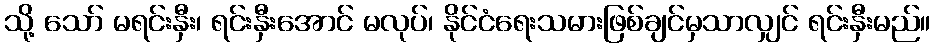
သို့ သော် မရင်းနှီး၊ ရင်းနှီးအောင် မလုပ်၊ နိုင်ငံရေးသမားဖြစ်ချင်မှသာလျှင် ရင်းနှီးမည်။